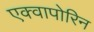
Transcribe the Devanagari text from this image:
एक्वापोरिन